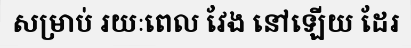
សម្រាប់ រយៈពេល វែង នៅឡើយ ដែរ